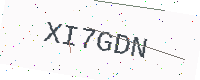
Text: XI7GDN